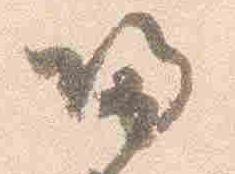
帰